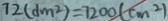
7 2 ( d m ^ { 2 } ) = 7 2 0 0 ( c m ^ { 2 } )